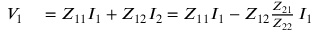
\begin{array} { r l } { V _ { 1 } } & { { } = Z _ { 1 1 } I _ { 1 } + Z _ { 1 2 } I _ { 2 } = Z _ { 1 1 } I _ { 1 } - Z _ { 1 2 } { \frac { Z _ { 2 1 } } { Z _ { 2 2 } } } \, I _ { 1 } } \end{array}